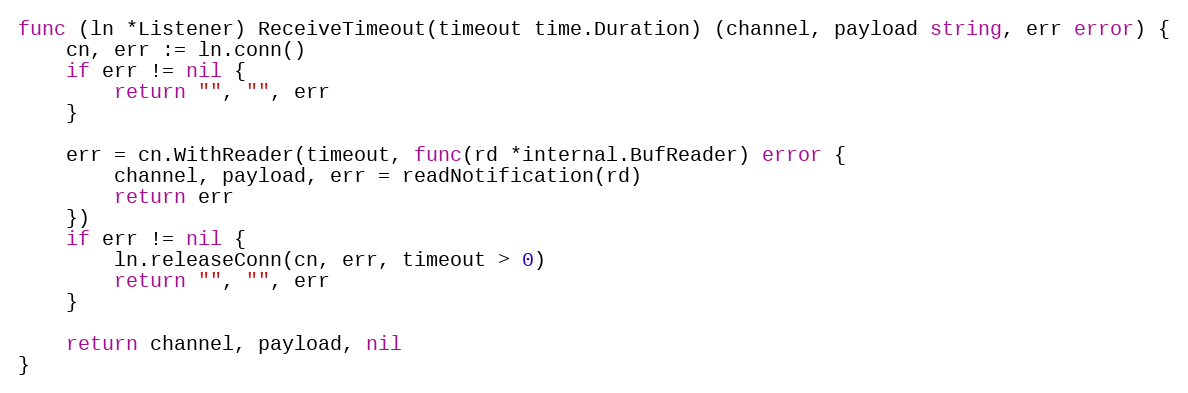
Language: Go
func (ln *Listener) ReceiveTimeout(timeout time.Duration) (channel, payload string, err error) {
	cn, err := ln.conn()
	if err != nil {
		return "", "", err
	}

	err = cn.WithReader(timeout, func(rd *internal.BufReader) error {
		channel, payload, err = readNotification(rd)
		return err
	})
	if err != nil {
		ln.releaseConn(cn, err, timeout > 0)
		return "", "", err
	}

	return channel, payload, nil
}